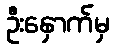
ဦးနှောက်မှ